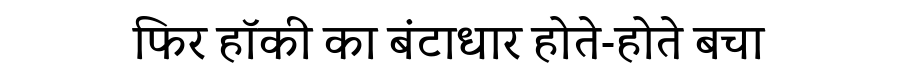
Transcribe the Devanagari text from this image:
फिर हॉकी का बंटाधार होते-होते बचा